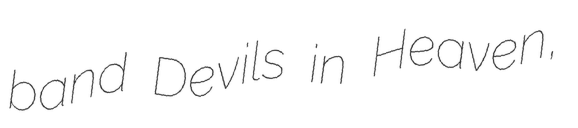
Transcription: band Devils in Heaven,